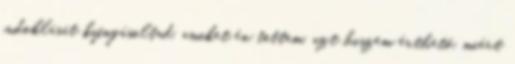
indoklását kifogásoltad, amiket én tettem, azt hiszem érthető, miért